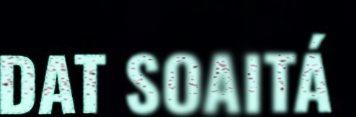
DAT SOAITÁ